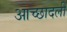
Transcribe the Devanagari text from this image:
आच्छादली